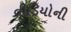
વીડિયોની